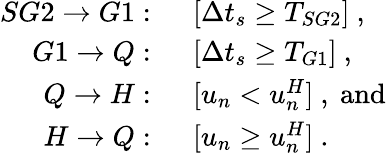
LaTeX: \begin{array}{rl}{SG2\rightarrow G1:}&{\ \ [\Delta t_{s}\geq T_{SG2}]\ ,}\\ {G1\rightarrow Q:}&{\ \ [\Delta t_{s}\geq T_{G1}]\ ,}\\ {Q\rightarrow H:}&{\ \ [u_{n}<u_{n}^{H}]\ ,\ \mathrm{and}}\\ {H\rightarrow Q:}&{\ \ [u_{n}\geq u_{n}^{H}]\ .}\end{array}